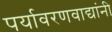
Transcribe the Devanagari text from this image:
पर्यावरणवाद्यांनी